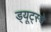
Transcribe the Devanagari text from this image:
ड्यूट्स्चे